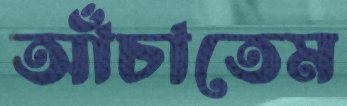
আঁচাতেম